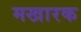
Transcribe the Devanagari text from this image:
मखारक